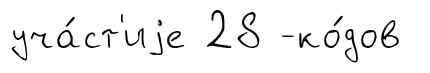
уча́ст'иjе 28 -ко́дов